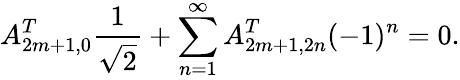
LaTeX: A_{2m+1,0}^{T}{\frac{1}{\sqrt 2}}+\sum_{n=1}^{\infty}A_{2m+1,2n}^{T}(-1)^{n}=0.